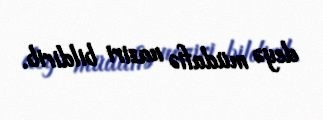
deyə müdafiə naziri bildirib.